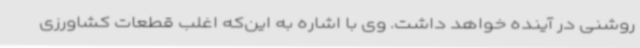
روشنی در آینده خواهد داشت. وی با اشاره به این‌که اغلب قطعات کشاورزی